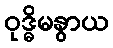
ဝုဒ္ဓိမနွာယ